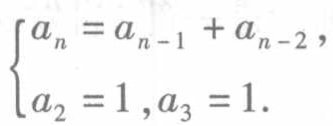
\[
\begin{cases}
a_{n}=a_{n - 1}+a_{n - 2},\\
a_{2}=1,a_{3}=1.
\end{cases}
\]